Indian journal of veterinary science and animal husbandry - Volumes 15-17, 1948-1951
Year: 1948
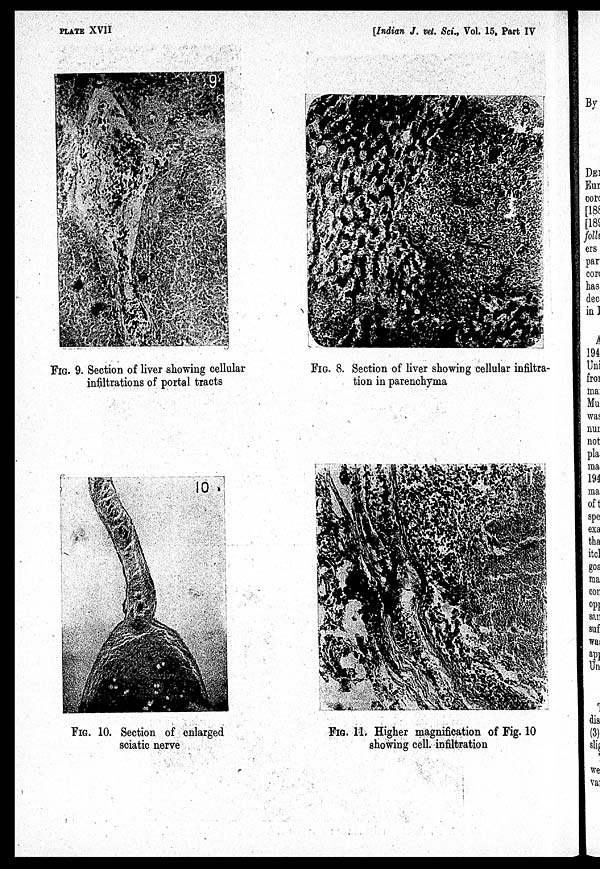
PLATE XVII
[Indian J. vet. Sci., Vol. 15, Part IV
FIG. 9. Section of liver showing cellular
infiltrations of portal tracts
FIG. 8. Section of liver showing cellular infiltra-
tion in parenchyma
FIG. 10. Section of enlarged
sciatic nerve
FIG. 11. Higher magnification of Fig. 10
showing cell, infiltration